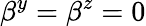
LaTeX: \beta^{y}=\beta^{z}=0